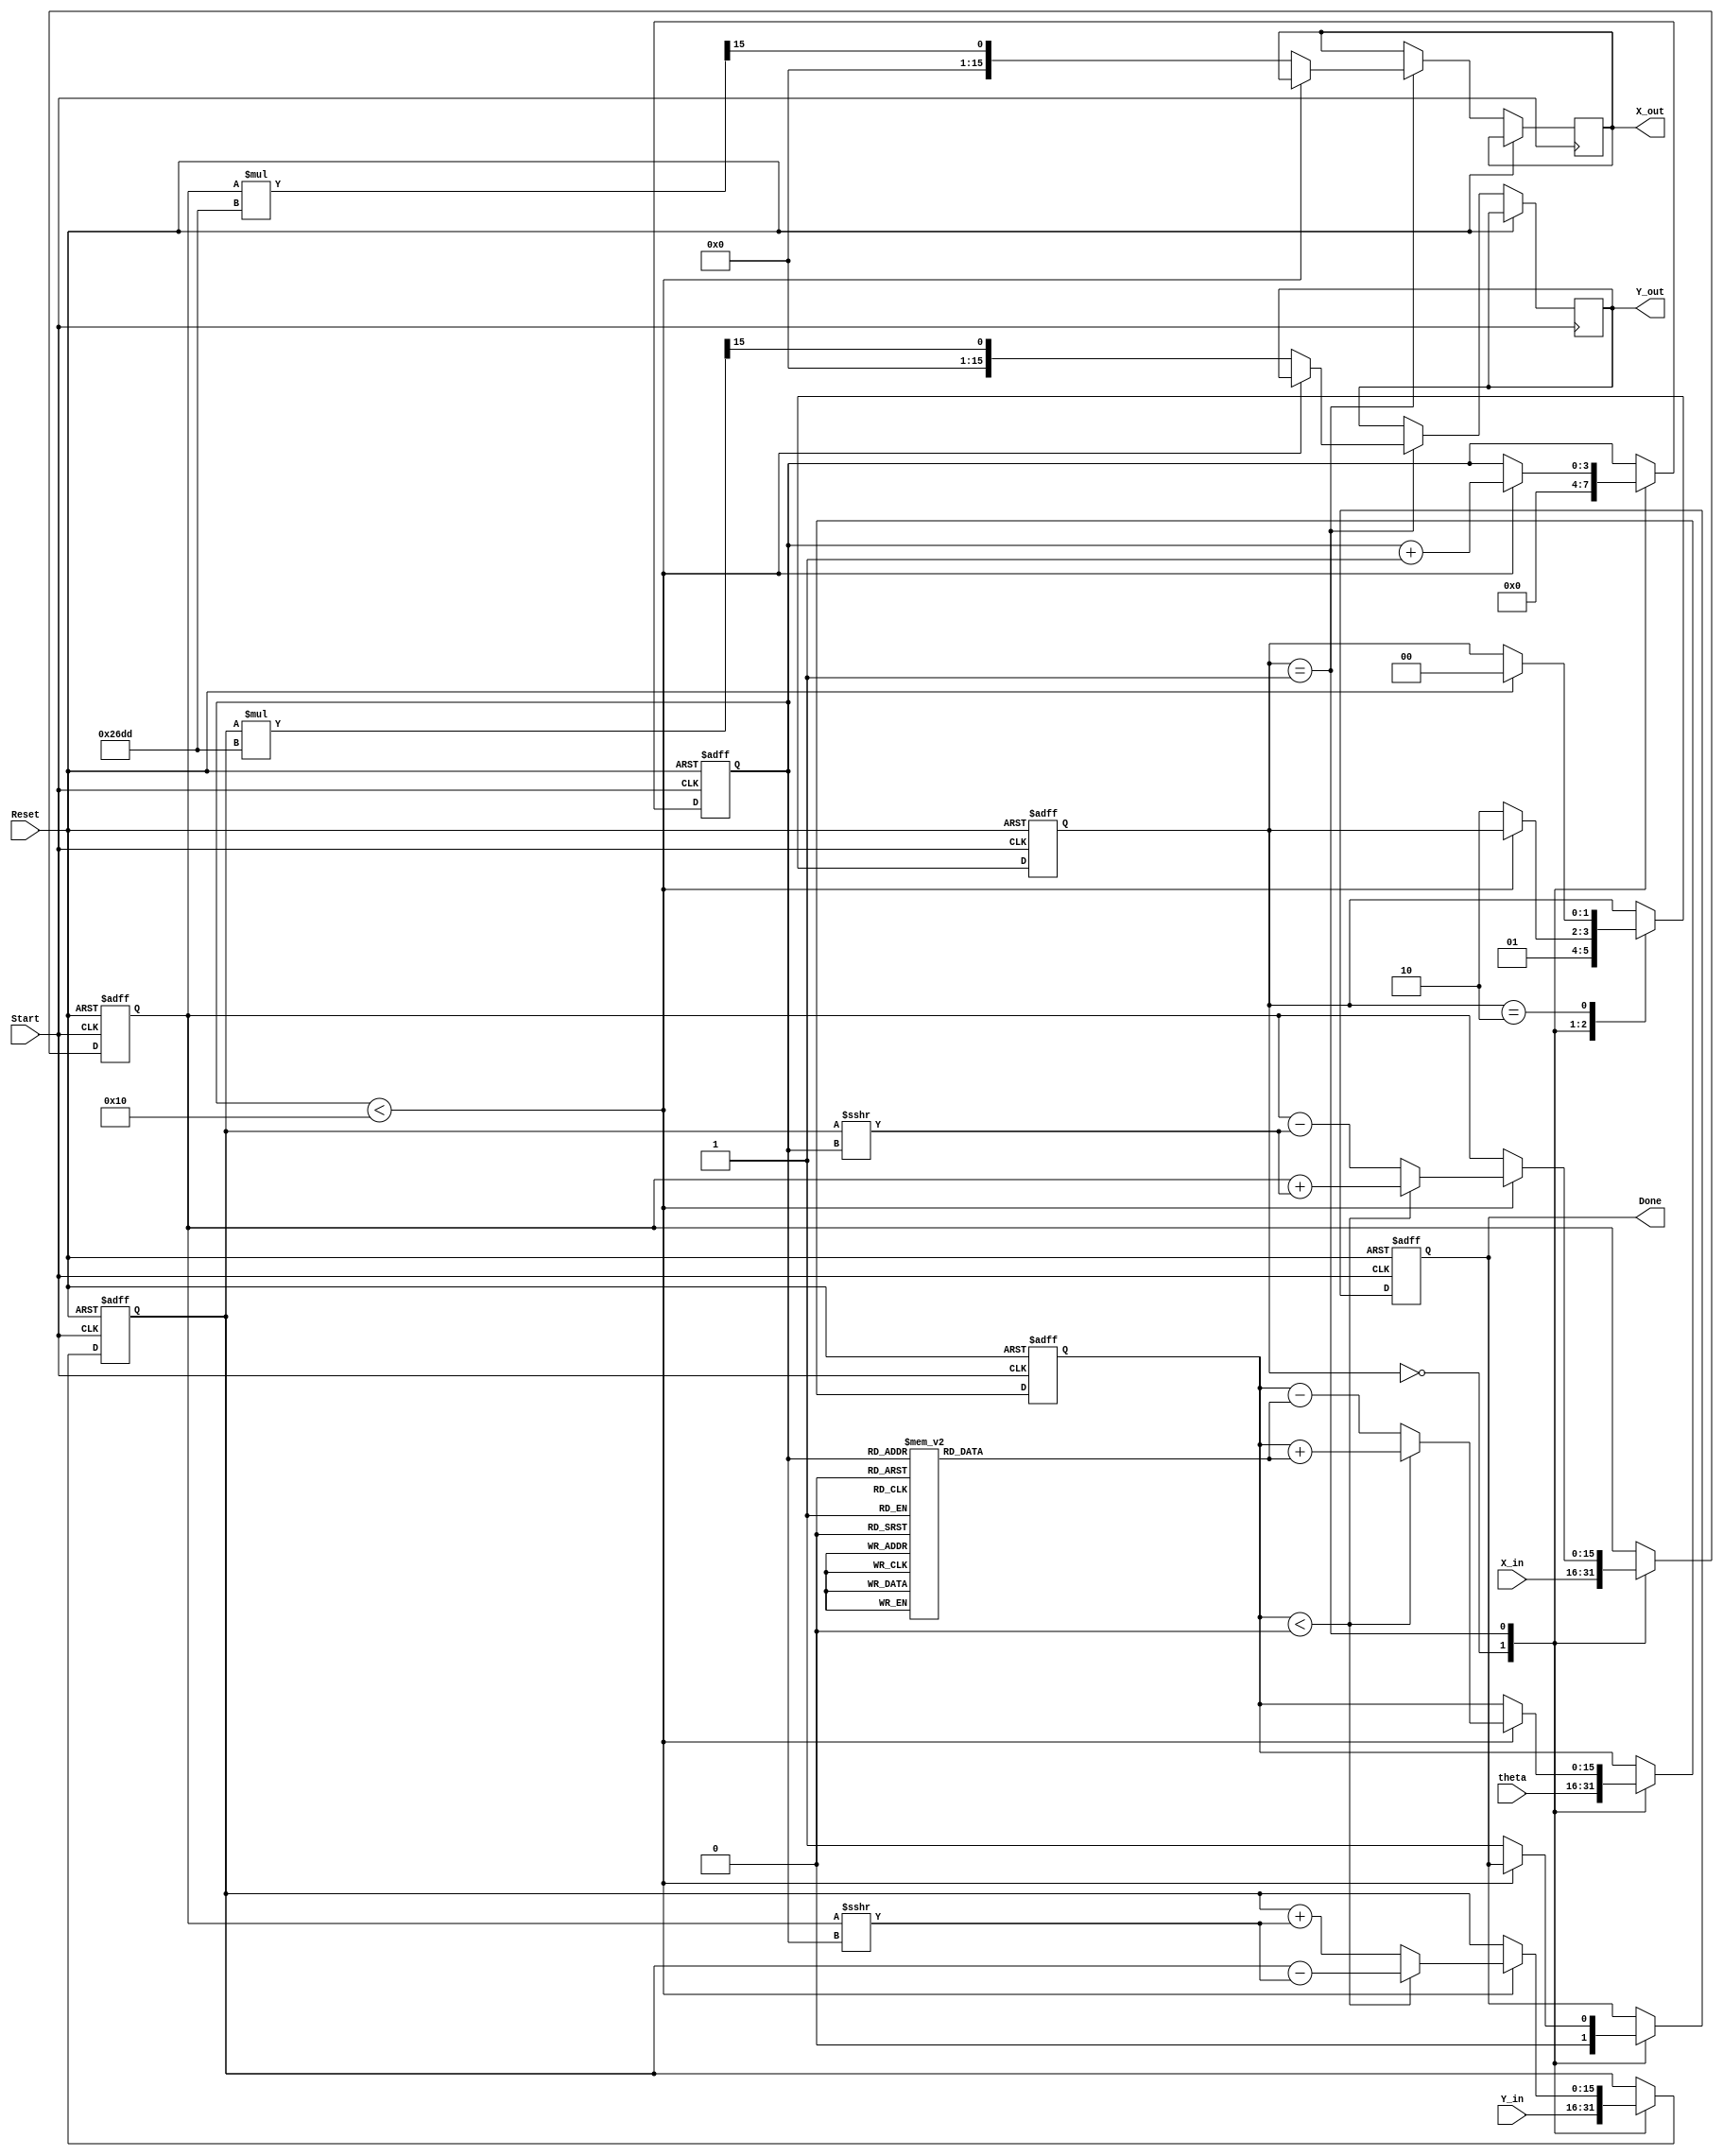
module cordic (
    input wire [15:0] theta,      // Input angle in radians (fixed-point)
    input wire signed [15:0] X_in, // Initial X-coordinate
    input wire signed [15:0] Y_in, // Initial Y-coordinate
    input wire Start,              // Control signal to initiate computation
    input wire Reset,              // Asynchronous reset signal
    output reg signed [15:0] X_out, // Final X-coordinate after rotation
    output reg signed [15:0] Y_out, // Final Y-coordinate after rotation
    output reg Done                // Signal indicating computation complete
);

    // Parameters
    parameter MAX_ITERATIONS = 16; // Number of iterations
    parameter ANGLE_WIDTH = 16;     // Width of angle representation
    parameter CORDIC_GAIN = 16'h26DD; // Gain factor for CORDIC

    // Internal Registers
    reg signed [15:0] X_reg;
    reg signed [15:0] Y_reg;
    reg signed [ANGLE_WIDTH-1:0] Z_reg;
    reg [3:0] iteration_count; // Counter for iterations
    reg [1:0] state;           // State machine for control logic

    // Angle Lookup Table (pre-calculated arctangent values)
    reg signed [ANGLE_WIDTH-1:0] atan_lut [0:15];
    initial begin
        atan_lut[0] = 16'h0000; // atan(2^0)
        atan_lut[1] = 16'h1C71; // atan(2^-1)
        atan_lut[2] = 16'h0D89; // atan(2^-2)
        atan_lut[3] = 16'h05A8; // atan(2^-3)
        atan_lut[4] = 16'h02D9; // atan(2^-4)
        atan_lut[5] = 16'h0162; // atan(2^-5)
        atan_lut[6] = 16'h00B5; // atan(2^-6)
        atan_lut[7] = 16'h0052; // atan(2^-7)
        atan_lut[8] = 16'h0029; // atan(2^-8)
        atan_lut[9] = 16'h0014; // atan(2^-9)
        atan_lut[10] = 16'h000A; // atan(2^-10)
        atan_lut[11] = 16'h0005; // atan(2^-11)
        atan_lut[12] = 16'h0002; // atan(2^-12)
        atan_lut[13] = 16'h0001; // atan(2^-13)
        atan_lut[14] = 16'h0001; // atan(2^-14)
        atan_lut[15] = 16'h0000; // atan(2^-15)
    end

    // State machine states
    localparam IDLE = 2'b00;
    localparam COMPUTE = 2'b01;
    localparam DONE_STATE = 2'b10;

    // Sequential logic for state machine and computation
    always @(posedge Start or posedge Reset) begin
        if (Reset) begin
            // Reset all registers and outputs
            X_reg <= 0;
            Y_reg <= 0;
            Z_reg <= 0;
            iteration_count <= 0;
            state <= IDLE;
            Done <= 0;
        end else begin
            case (state)
                IDLE: begin
                    // Initialize values
                    X_reg <= X_in;
                    Y_reg <= Y_in;
                    Z_reg <= theta;
                    iteration_count <= 0;
                    Done <= 0;
                    state <= COMPUTE;
                end

                COMPUTE: begin
                    if (iteration_count < MAX_ITERATIONS) begin
                        // Perform CORDIC rotation
                        if (Z_reg < 0) begin
                            // Counterclockwise rotation
                            X_reg <= X_reg + (Y_reg >>> iteration_count);
                            Y_reg <= Y_reg - (X_reg >>> iteration_count);
                            Z_reg <= Z_reg + atan_lut[iteration_count];
                        end else begin
                            // Clockwise rotation
                            X_reg <= X_reg - (Y_reg >>> iteration_count);
                            Y_reg <= Y_reg + (X_reg >>> iteration_count);
                            Z_reg <= Z_reg - atan_lut[iteration_count];
                        end
                        iteration_count <= iteration_count + 1;
                    end else begin
                        // Finished computation
                        X_out <= X_reg * CORDIC_GAIN >>> 15; // Apply gain correction
                        Y_out <= Y_reg * CORDIC_GAIN >>> 15; // Apply gain correction
                        Done <= 1;
                        state <= DONE_STATE;
                    end
                end

                DONE_STATE: begin
                    // Stay in done state until reset
                    if (Reset) begin
                        state <= IDLE;
                    end
                end
            endcase
        end
    end

endmodule